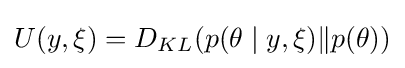
U(y,\xi )=D_{KL}(p(\theta \mid y,\xi )\|p(\theta ))